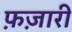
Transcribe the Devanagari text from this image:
फ़ज़ारी